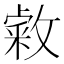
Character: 敹